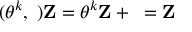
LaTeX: ( \theta ^ { k } , { \bf \ell } ) { \bf Z } = \theta ^ { k } { \bf Z } + { \bf \ell } = { \bf Z }